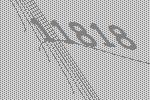
11818